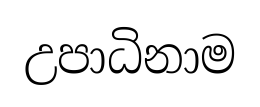
උපාධිනාම